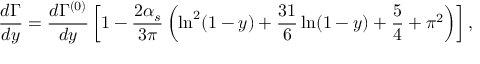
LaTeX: \frac { d \Gamma } { d y } = \frac { d \Gamma ^ { ( 0 ) } } { d y } \left[ 1 - \frac { 2 \alpha _ { s } } { 3 \pi } \left( \ln ^ { 2 } ( 1 - y ) + \frac { 3 1 } { 6 } \ln ( 1 - y ) + \frac { 5 } { 4 } + \pi ^ { 2 } \right) \right] ,